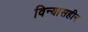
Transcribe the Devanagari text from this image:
विन्यासहीन